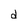
Character: d